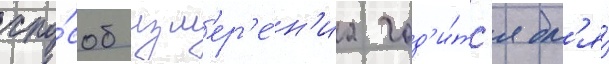
спо́соб изм'ер'е́н'иа год'и́тс'я дл'я́